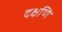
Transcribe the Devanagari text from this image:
दक्षणि